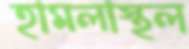
হামলাস্থল